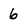
Character: 6